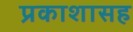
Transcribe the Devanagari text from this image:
प्रकाशासह